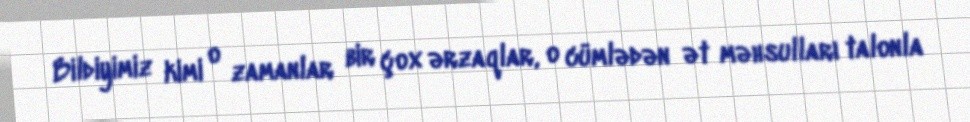
Bildiyimiz kimi o zamanlar bir çox ərzaqlar, o cümlədən ət məhsulları talonla